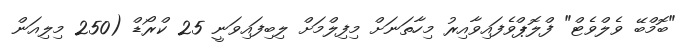
"ބޮމްބޭ ވެލްވެޓް" ފްލޮޕްވެފައިވާއިރު މިހާތަނަށް މިިފިލްމަށް ލިބިފައިވަނީ 25 ކްރޯޑް (250 މިލިއަން